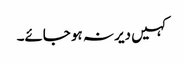
کہیں دیر نہ ہو جائے۔